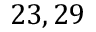
2 3 , 2 9